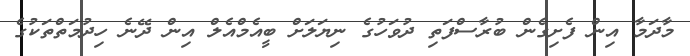
މާދަމާ އިން ފެށިގެން ބުރާސްފަތި ދުވަހުގެ ނިޔަލަށް ބީއެމްއެލް އިން ދޭނެ ހިދުމަތްތަކުގެ